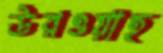
উরওয়াহ